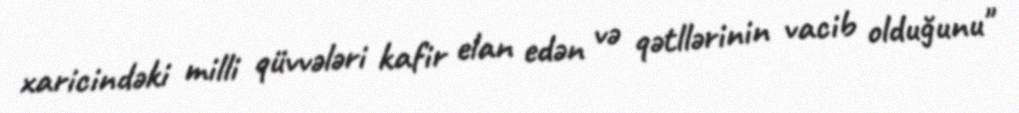
xaricindəki milli qüvvələri kafir elan edən və qətllərinin vacib olduğunu"